Vaccination Hyderabad 1872-1889 - 1872-1889
Year: 1872
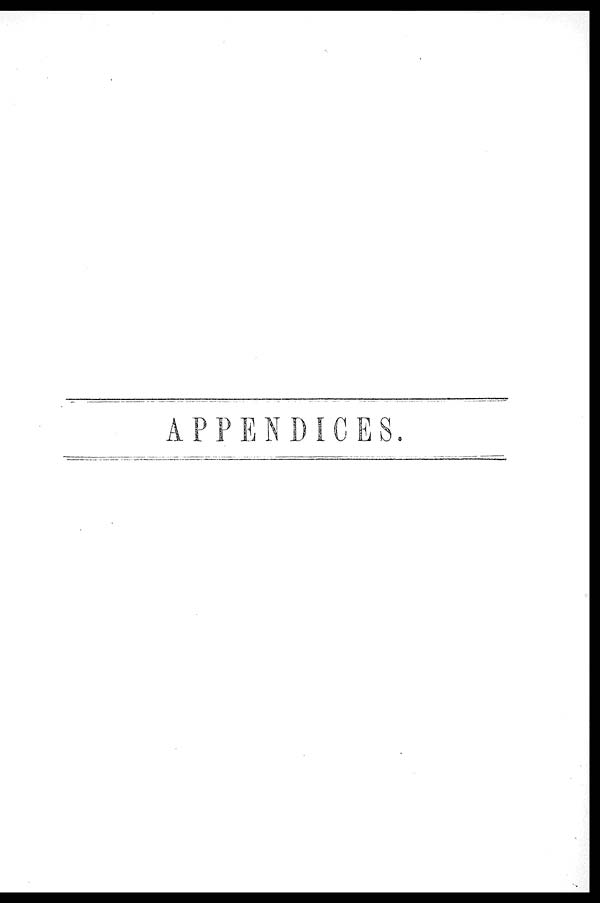
APPENDICES.